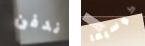
ندفن كوسيما